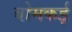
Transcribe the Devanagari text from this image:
बोमकई